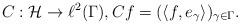
LaTeX: \begin{align*}C: \mathcal{H} \to \ell^2(\Gamma), C f = (\langle f, e_\gamma \rangle)_{\gamma \in \Gamma} .\end{align*}